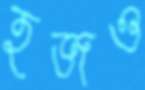
হজও